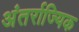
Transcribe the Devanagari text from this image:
अंतर्राज्यिक